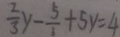
\frac { 2 } { 3 } y - \frac { 5 } { 1 } + 5 y = 4